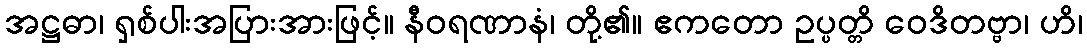
အဋ္ဌဓာ၊ ရှစ်ပါးအပြားအားဖြင့်။ နီဝရဏာနံ၊ တို့၏။ ဧကတော ဥပ္ပတ္တိ ဝေဒိတဗ္ဗာ၊ ဟိ၊